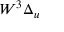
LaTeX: W ^ { 3 } \Delta _ { u }